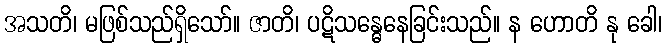
အသတိ၊ မဖြစ်သည်ရှိသော်။ ဇာတိ၊ ပဋိသန္ဓေနေခြင်းသည်။ န ဟောတိ နု ခေါ၊